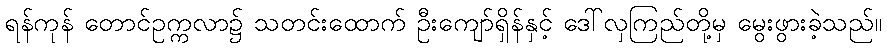
ရန်ကုန် တောင်ဥက္ကလာ၌ သတင်းထောက် ဦးကျော်ရှိန်နှင့် ဒေါ်လှကြည်တို့မှ မွေးဖွားခဲ့သည်။